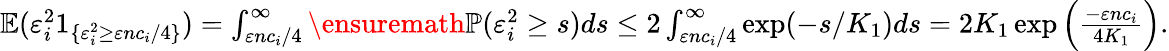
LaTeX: \begin{array}{r}{\mathbb{E}(\varepsilon_{i}^{2}1_{\{ \varepsilon_{i}^{2}\geq\varepsilon nc_{i}/4\} })=\int_{\varepsilon nc_{i}/4}^{\infty}\ensuremath{{\mathbb{P}}}(\varepsilon_{i}^{2}\geq s)ds\leq 2\int_{\varepsilon nc_{i}/4}^{\infty}\exp(-s/K_{1})ds=2K_{1}\exp\Big(\frac{-\varepsilon nc_{i}}{4K_{1}}\Big).}\end{array}